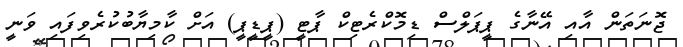
ޖޮނަތަން އާއި އޭނާގެ ޕީޕަލްސް ޑިމޮކްރެޓިކް ޕާޓީ (ޕީޑީޕީ) އަށް ކާމިޔާބުކުރެވިފައި ވަނީ